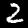
Digit: 2